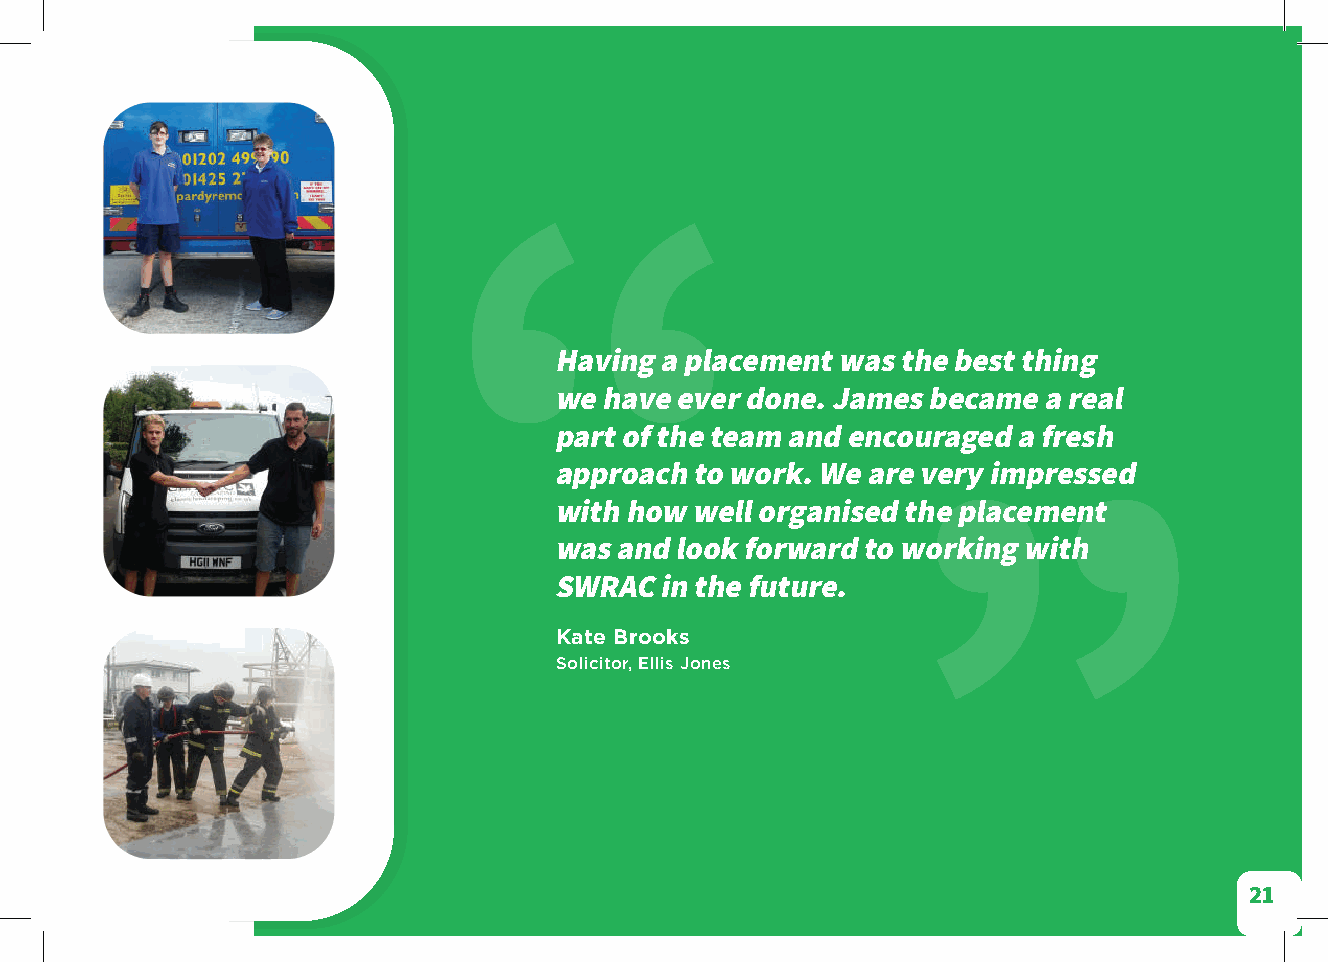
“
 Having a placement was the best thing
 we have ever done. James became a real
 part of the team and encouraged a fresh
 approach to work. We are very impressed
 ”
 with how well organised the placement
 was and look forward to working with
 SWRAC  in the future.
 Kate Brooks
 Solicitor, Ellis Jones
 21